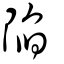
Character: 陷